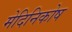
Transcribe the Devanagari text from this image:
मेदिनिकोष